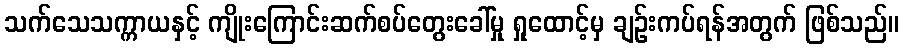
သက်သေသက္ကာယနှင့် ကျိုးကြောင်းဆက်စပ်တွေးခေါ်မှု ရှုထောင့်မှ ချဉ်းကပ်ရန်အတွက် ဖြစ်သည်။